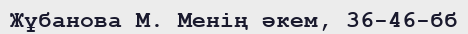
Жұбанова М. Менің әкем, 36-46-бб